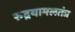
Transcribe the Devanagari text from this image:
रुद्रयामलतंत्र